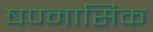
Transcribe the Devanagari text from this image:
षण्मासिक